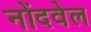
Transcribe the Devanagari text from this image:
नोंदवेल